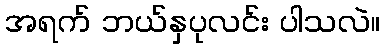
အရက် ဘယ်နှပုလင်း ပါသလဲ။